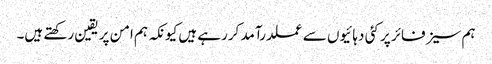
ہم سیز فائر پر کئی دہائیوں سے عملدرآمد کررہے ہیں کیونکہ ہم امن پر یقین رکھتے ہیں۔